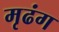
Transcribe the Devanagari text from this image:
मृढंग